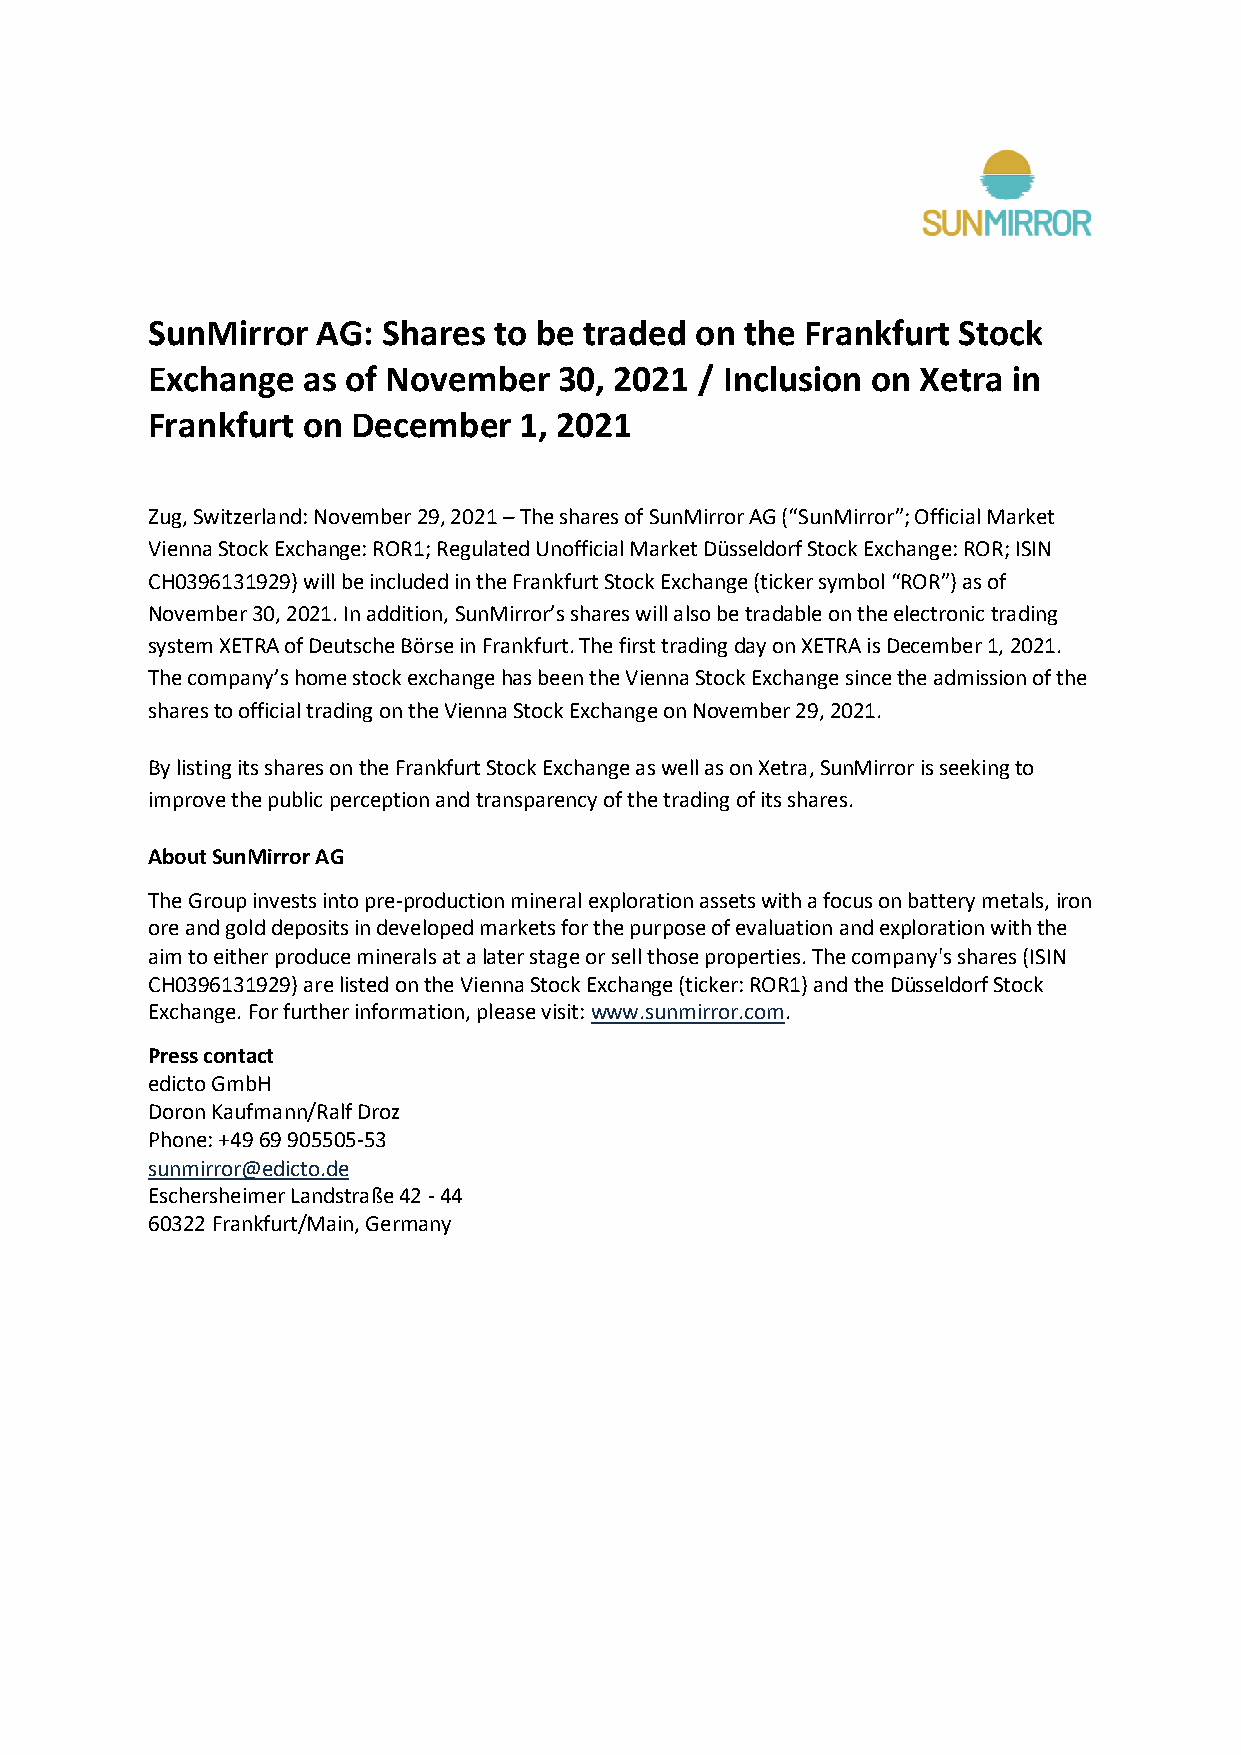
SunMirror  AG: Shares  to be traded on the Frankfurt Stock
 Exchange  as of November   30, 2021 / Inclusion on Xetra in
 Frankfurt on December   1, 2021
 Zug, Switzerland: November 29, 2021 – The shares of SunMirror AG (“SunMirror”; Official Market
 Vienna Stock Exchange: ROR1; Regulated Unofficial Market Düsseldorf Stock Exchange: ROR; ISIN
 CH0396131929) will be included in the Frankfurt Stock Exchange (ticker symbol “ROR”) as of
 November 30, 2021. In addition, SunMirror’s shares will also be tradable on the electronic trading
 system XETRA of Deutsche Börse in Frankfurt. The first trading day on XETRA is December 1, 2021.
 The company’s home stock exchange has been the Vienna Stock Exchange since the admission of the
 shares to official trading on the Vienna Stock Exchange on November 29, 2021.
 By listing its shares on the Frankfurt Stock Exchange as well as on Xetra, SunMirror is seeking to
 improve the public perception and transparency of the trading of its shares.
 About SunMirror AG
 The Group invests into pre-production mineral exploration assets with a focus on battery metals, iron
 ore and gold deposits in developed markets for the purpose of evaluation and exploration with the
 aim to either produce minerals at a later stage or sell those properties. The company's shares (ISIN
 CH0396131929) are listed on the Vienna Stock Exchange (ticker: ROR1) and the Düsseldorf Stock
 Exchange. For further information, please visit: www.sunmirror.com.
 Press contact
 edicto GmbH
 Doron Kaufmann/Ralf Droz
 Phone: +49 69 905505-53
 sunmirror@edicto.de
 Eschersheimer Landstraße 42 - 44
 60322 Frankfurt/Main, Germany